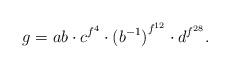
LaTeX: \begin{align*} g=ab\cdot c^{f^4}\cdot {(b^{-1})}^{f^{12}}\cdot {d}^{f^{28}}.\end{align*}